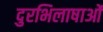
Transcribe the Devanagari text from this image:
दुरभिलाषाओं